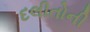
દલીતોની